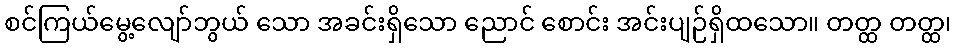
စင်ကြယ်မွေ့လျော်ဘွယ် သော အခင်းရှိသော ညောင် စောင်း အင်းပျဉ်ရှိထသော။ တတ္ထ တတ္ထ၊